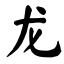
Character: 龙